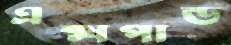
এক্সপান্ড